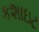
કશાઇટ